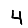
Digit: 4